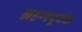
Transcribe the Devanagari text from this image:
ग्रहणपूर्वक